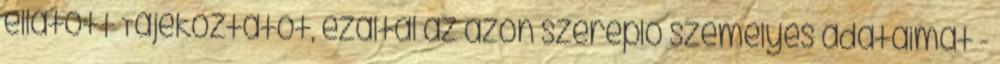
ellátott Tájékoztatót, ezáltal az azon szereplő személyes adataimat -